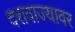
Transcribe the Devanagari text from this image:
दरावाज्यावर